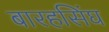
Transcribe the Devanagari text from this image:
बारहसिंघ